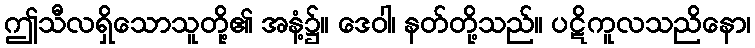
ဤသီလရှိသောသူတို့၏ အနံ့၌။ ဒေဝါ၊ နတ်တို့သည်။ ပဋိကူလသညိနော၊